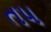
ત૫